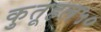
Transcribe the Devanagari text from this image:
कुतूहल५०